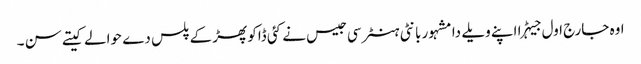
اوہ جارج اول جیہڑا اپنے ویلے دا مشہور بانٹی ہنٹر سی جیس نے کئی ڈاکو پھڑ کے پلس دے حوالے کیتے سن ۔